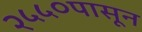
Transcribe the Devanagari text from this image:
२५५०पासून